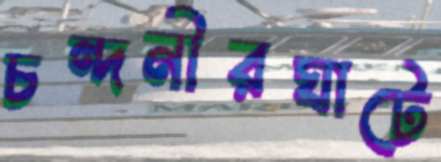
চন্দনীরঘাটে